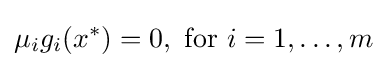
\mu _{i}g_{i}(x^{*})=0,{\text{ for }}i=1,\ldots ,m